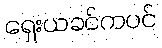
ရှေးယခင်ကပင်